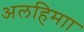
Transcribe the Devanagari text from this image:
अलहिमाा